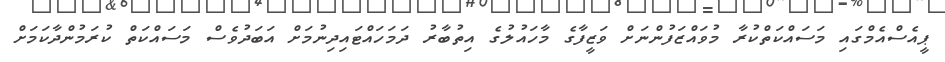
ޕީއެސްްއެމްގައި މަސައްކަތްކުރާ މުވައްޒަފުންނަށް ވަޒީފާގެ މާހައުލުގެ އިތުބާރު ދަމަހައްޓައިދިނުމަށް އަބަދުވެސް މަސައްކަތް ކުރަމުންދާކަމަށް